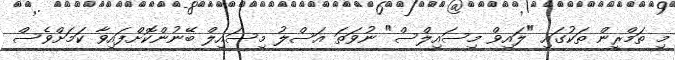
މި ތަމްރީން ތަކުގައި "ލައިވް މިސައިލްސް" ނުވަތަ އަސްލު މިސައިލް ބޭނުންކޮށްފައިވާ ކަމަށްވެސް